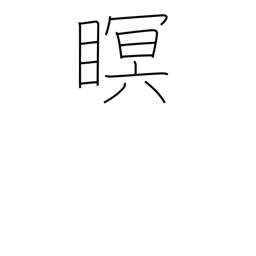
Meaning: close eyes